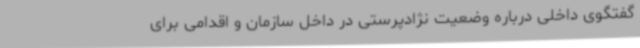
گفتگوی داخلی درباره وضعیت نژادپرستی در داخل سازمان و اقدامی برای